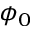
\phi _ { 0 }